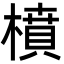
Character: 橨